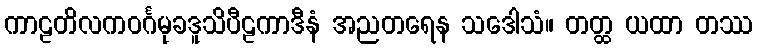
ကာဠတိလကဝင်္ဂမုခဒူသိပီဠကာဒီနံ အညတရေန သဒေါသံ။ တတ္ထ ယထာ တဿ